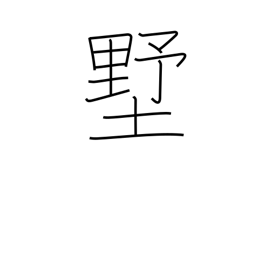
Meaning: shed